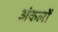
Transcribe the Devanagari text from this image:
अंकलों